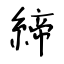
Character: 締